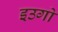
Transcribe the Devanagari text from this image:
इउगो